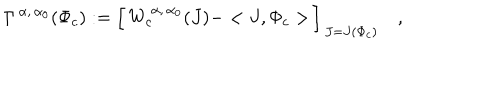
LaTeX: \Gamma ^ { \, \alpha , \, \alpha _ { 0 } } ( \Phi _ { c } ) : = \Bigl [ \, W _ { c } ^ { \, \alpha , \, \alpha _ { 0 } } ( J ) - < J , \Phi _ { c } > \, \Bigr ] _ { \, J = J ( \Phi _ { c } ) } \quad ,